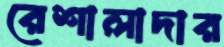
রেশালাদার